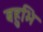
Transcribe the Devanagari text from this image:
बहुभि